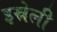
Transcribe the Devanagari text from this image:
इस्रेली